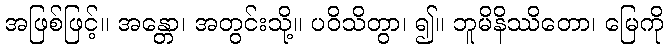
အဖြစ်ဖြင့်။ အန္တော၊ အတွင်းသို့။ ပဝိသိတွာ၊ ၍။ ဘူမိနိဿိတော၊ မြေကို